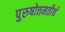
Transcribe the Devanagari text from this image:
पुरुषोत्तमतीर्थ